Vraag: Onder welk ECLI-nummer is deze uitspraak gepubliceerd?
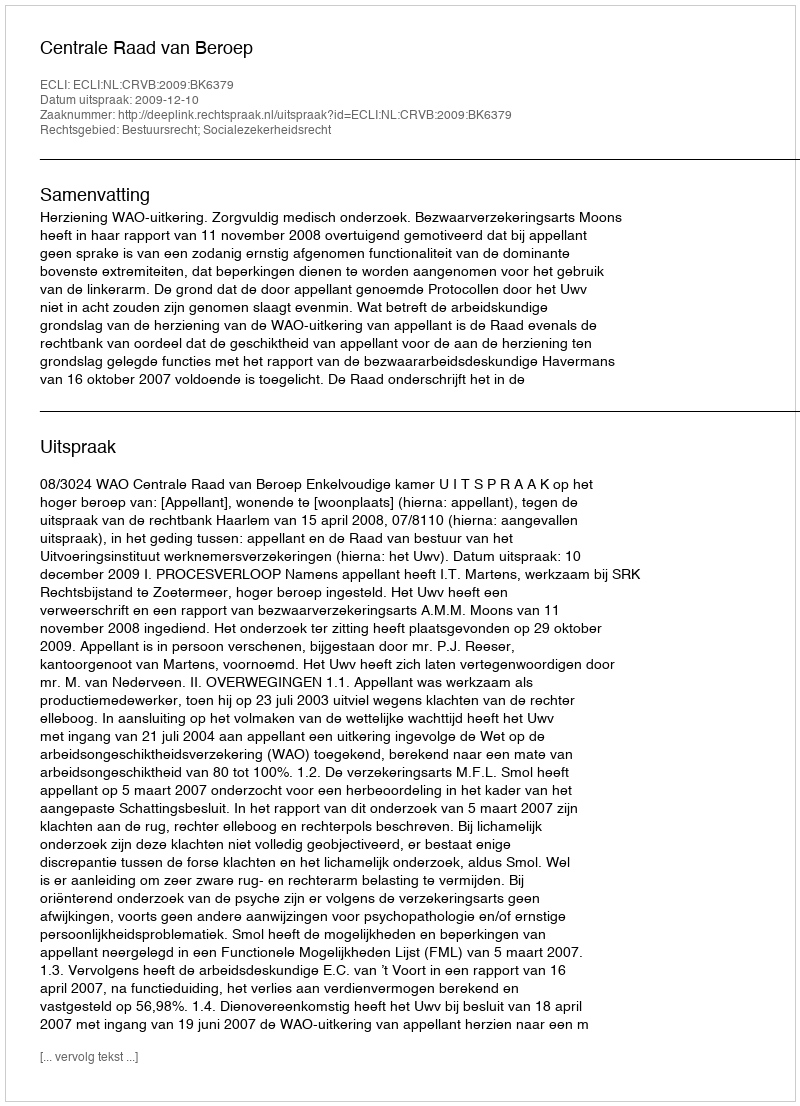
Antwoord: ECLI:NL:CRVB:2009:BK6379